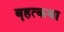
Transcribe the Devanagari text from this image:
बॄहत्कथा